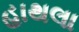
હાથલા